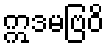
ဣဒမဗြဝိ